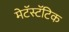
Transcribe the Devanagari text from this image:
मेटॅस्टॅटिक